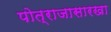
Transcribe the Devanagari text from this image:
पोत्राजासारखा